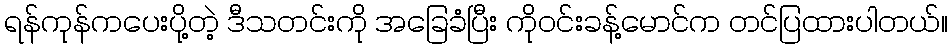
ရန်ကုန်ကပေးပို့တဲ့ ဒီသတင်းကို အခြေခံပြီး ကိုဝင်းခန့်မောင်က တင်ပြထားပါတယ်။